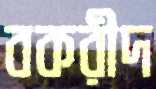
বকরীদ